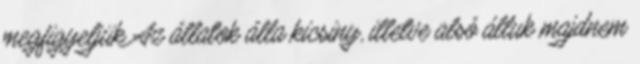
megfigyeljük Az állatok álla kicsiny, illetve alsó álluk majdnem